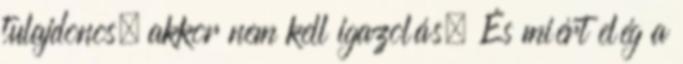
tulajdonos, akkor nem kell igazolás. És miért elég a